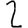
Digit: 2